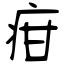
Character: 疳